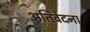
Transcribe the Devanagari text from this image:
अतिवेदना